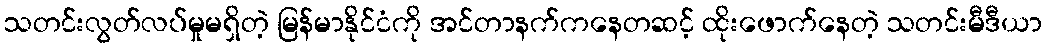
သတင်းလွတ်လပ်မှုမရှိတဲ့ မြန်မာနိုင်ငံကို အင်တာနက်ကနေတဆင့် ထိုးဖောက်နေတဲ့ သတင်းမီဒီယာ